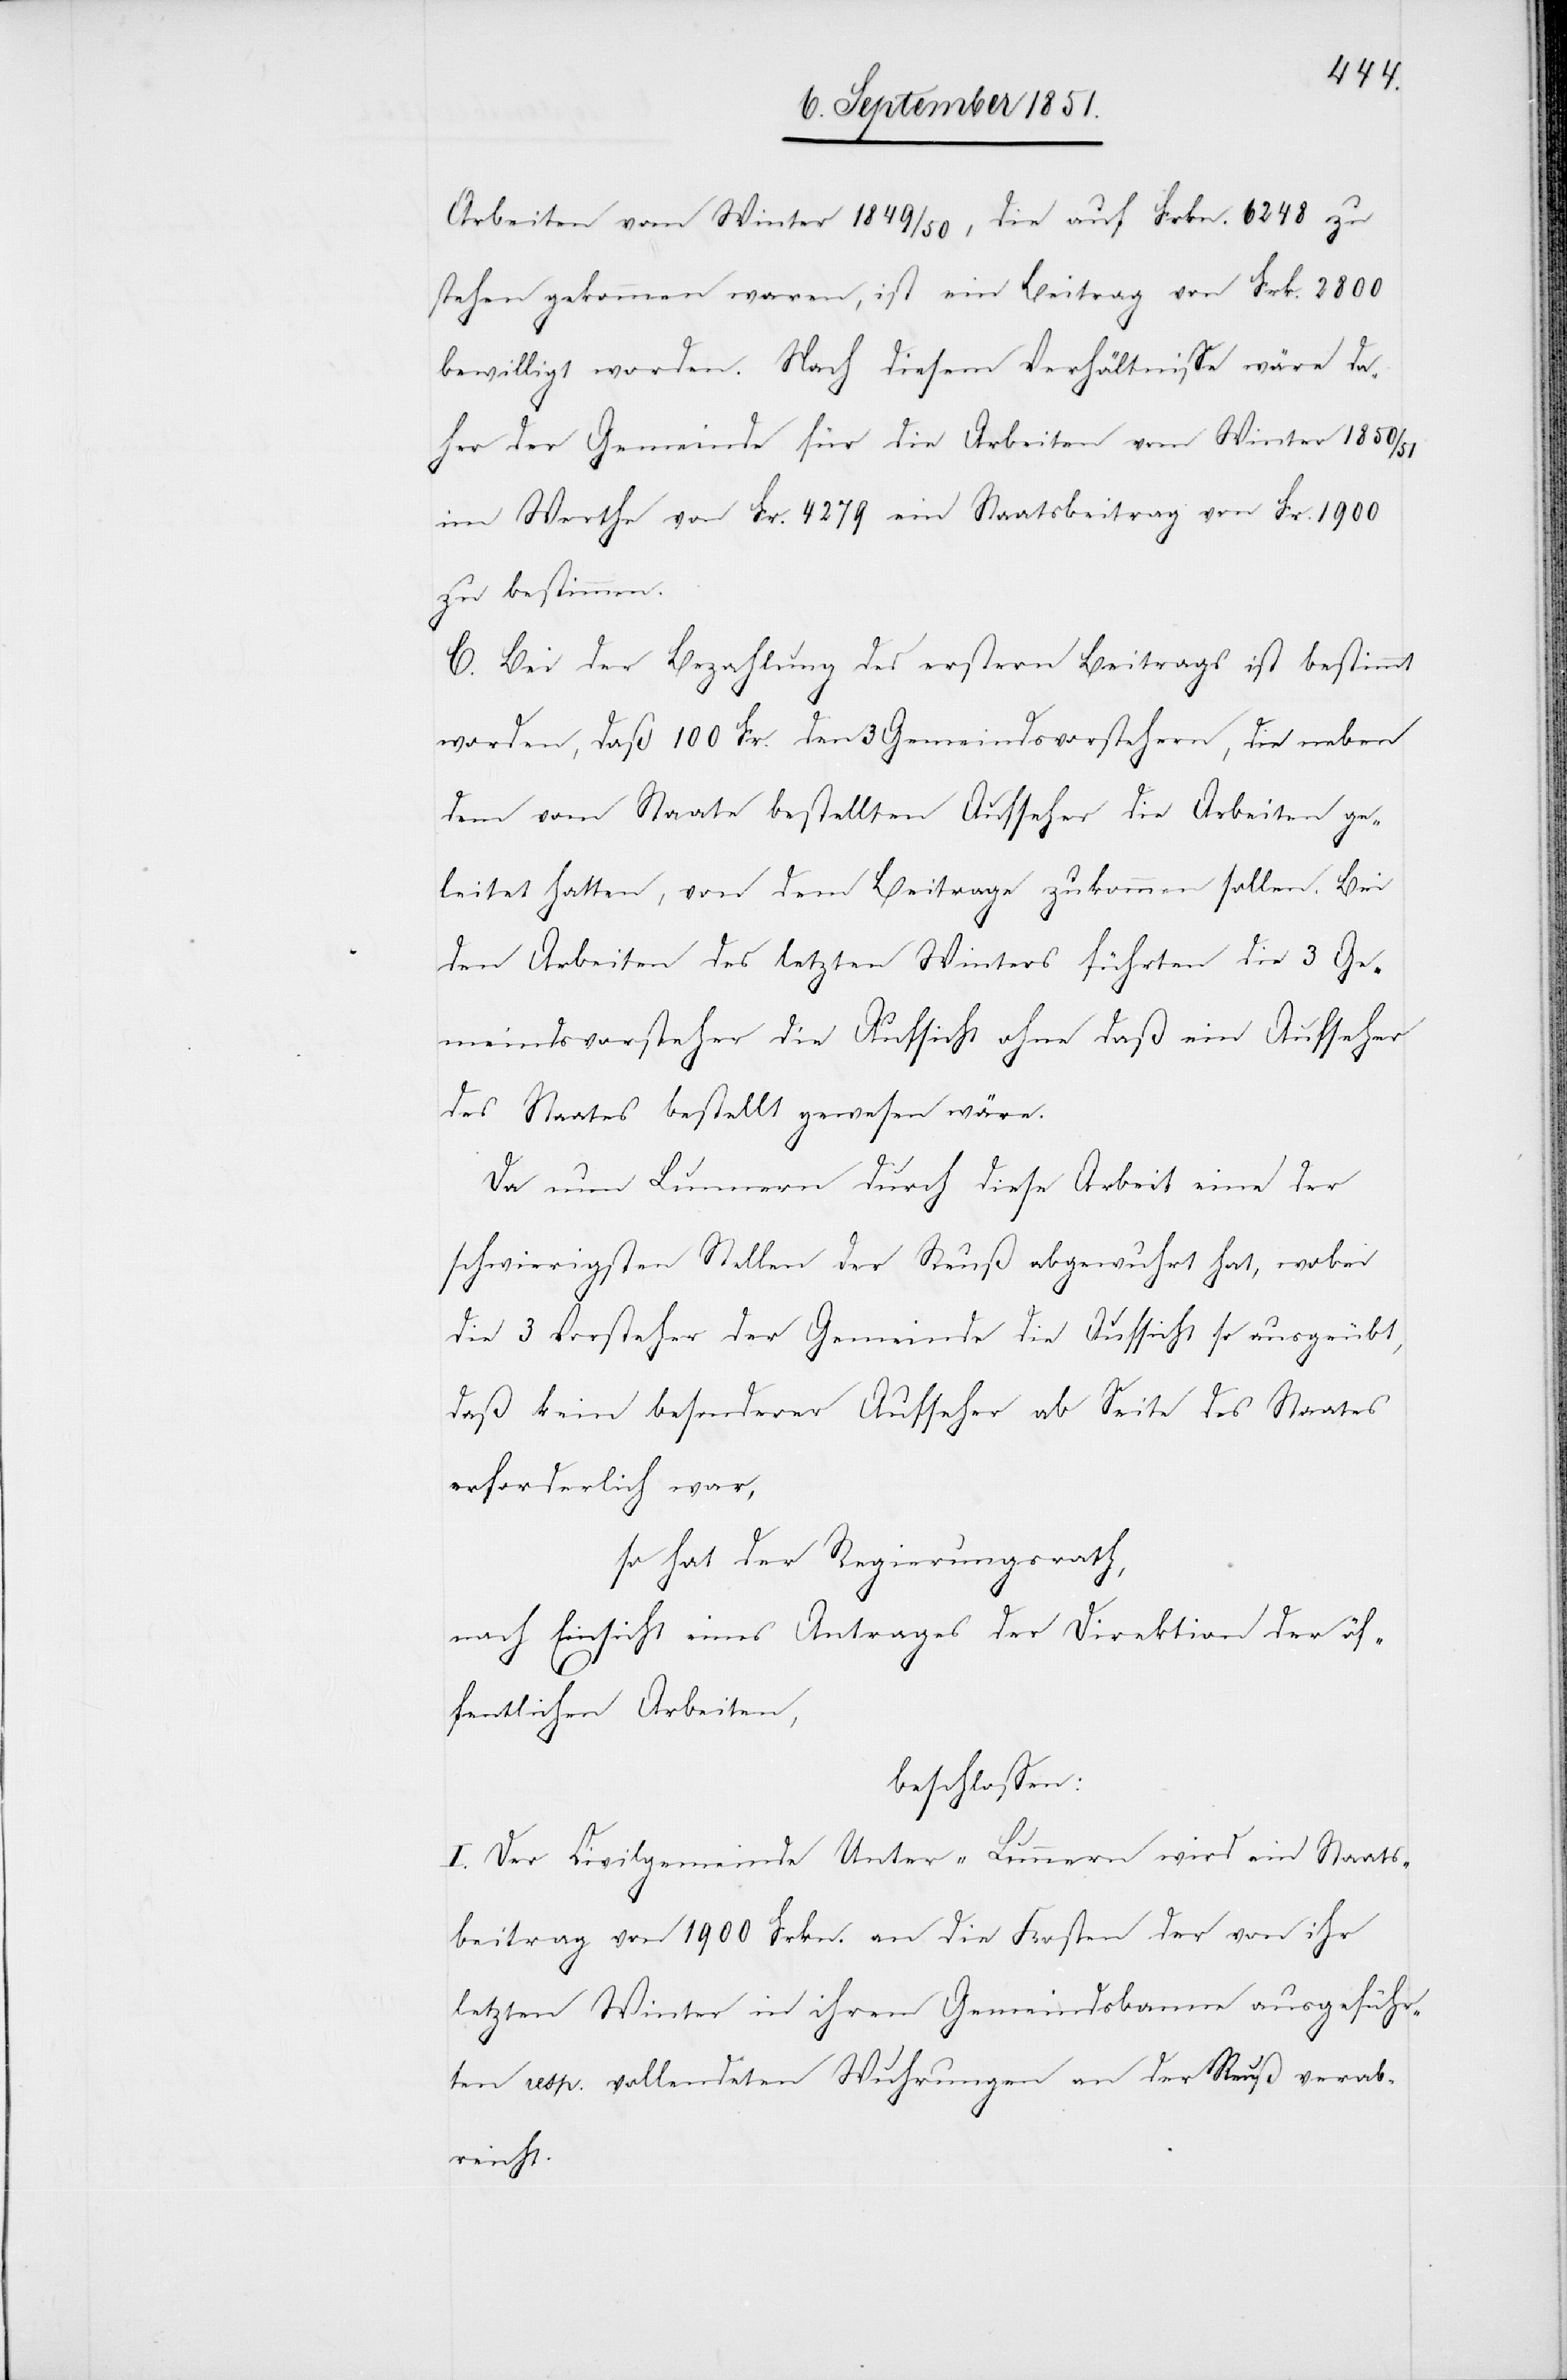
Arbeiten vom Winter 1849/50, die auf Frkn. 6248 zu
stehen gekommen waren, ist ein Beitrag von Frk. 2800
bewilligt worden. Nach diesem Verhältnisse wäre da¬
her der Gemeinde für die Arbeiten vom Winter 1850/51
im Werthe von Fr. 4279 ein Staatsbeitrag von Fr. 1900
zu bestimmen.
C. Bei der Bezahlung des erstern Beitrags ist bestimmt
worden, daß 100 Fr. den 3 Gemeindsvorstehern, die neben
dem vom Staate bestellten Aufseher die Arbeiten ge¬
leitet hatten, von dem Beitrage zukommen sollen. Bei
den Arbeiten des letzten Winters führten die 3 Ge¬
meindsvorsteher die Aufsicht ohne daß ein Aufseher
des Staates bestellt gewesen wäre.
Da nun Lunnern durch diese Arbeit eine der
schwierigsten Stellen der Reuß abgewuhrt hat, wobei
die 3 Vorsteher der Gemeinde die Aufsicht so ausgeübt,
daß kein besonderer Aufseher ab Seite des Staates
erforderlich war,
so hat der Regierungsrath,
nach Einsicht eines Antrages der Direktion der öf¬
fentlichen Arbeiten,
beschlossen:
I. Der Civilgemeinde Unter-Lunnern wird ein Staats¬
beitrag von 1900 Frkn. an die Kosten der von ihr
letzten Winter in ihrem Gemeindsbanne ausgeführ¬
ten resp. vollendeten Wuhrungen an der Reuß verab¬
reicht.